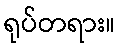
ရုပ်တရား။